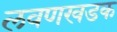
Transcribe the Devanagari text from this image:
लवणखडक